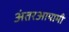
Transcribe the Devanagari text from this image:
अंतरआयामी